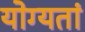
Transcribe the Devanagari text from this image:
योग्यतां